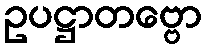
ဥပဋ္ဌာတဗ္ဗော